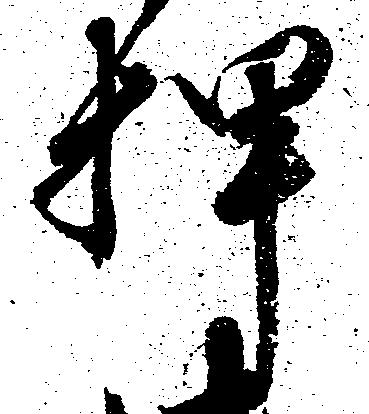
押